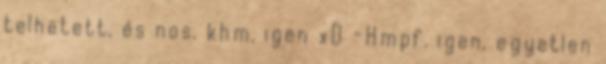
telhetett, és nos. khm, igen xD -Hmpf. igen, egyetlen